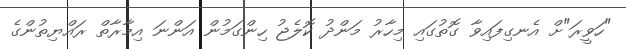
"ހަވީރަ"ށް އެނގިފައިވާ ގޮތުގައި މިހާރުު މަންދު ކޮލެޖު ހިންގަމުން އަންނަ އިމާރާތް ރައްޔިތުންގެ